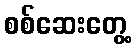
စစ်ဆေးတွေ့